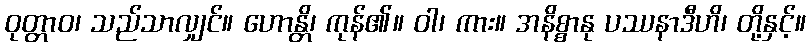
ဝုတ္တာဝ၊ သည်သာလျှင်။ ဟောန္တိ၊ ကုန်၏။ ဝါ၊ ကား။ အနိစ္စာနု ပဿနာဒီဟိ၊ တို့နှင့်။